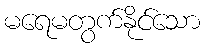
မရေမတွက်နိုင်သော